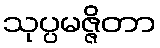
သုပ္ပမဇ္ဇိတာ